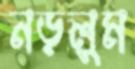
নড়লুম